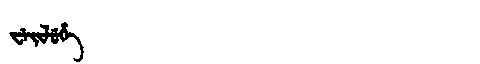
Manchu: ᠸᡝᡳᠯᡠᡥᡝ
Romanization: WEILUHE